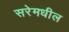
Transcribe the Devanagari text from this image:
सरेमधील